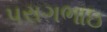
પરાગભાઇ